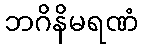
ဘဂိနိမရဏံ